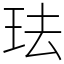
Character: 珐